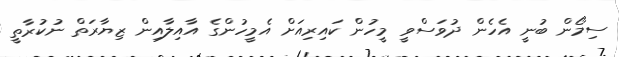
ސިމޯން ބުނީ އެހެން ދުވަސްވީ މީހުން ކައިރިއަށް އެމީހުންގެ އާއިލާއިން ޒިޔާރަތް ނުކުރާތީ